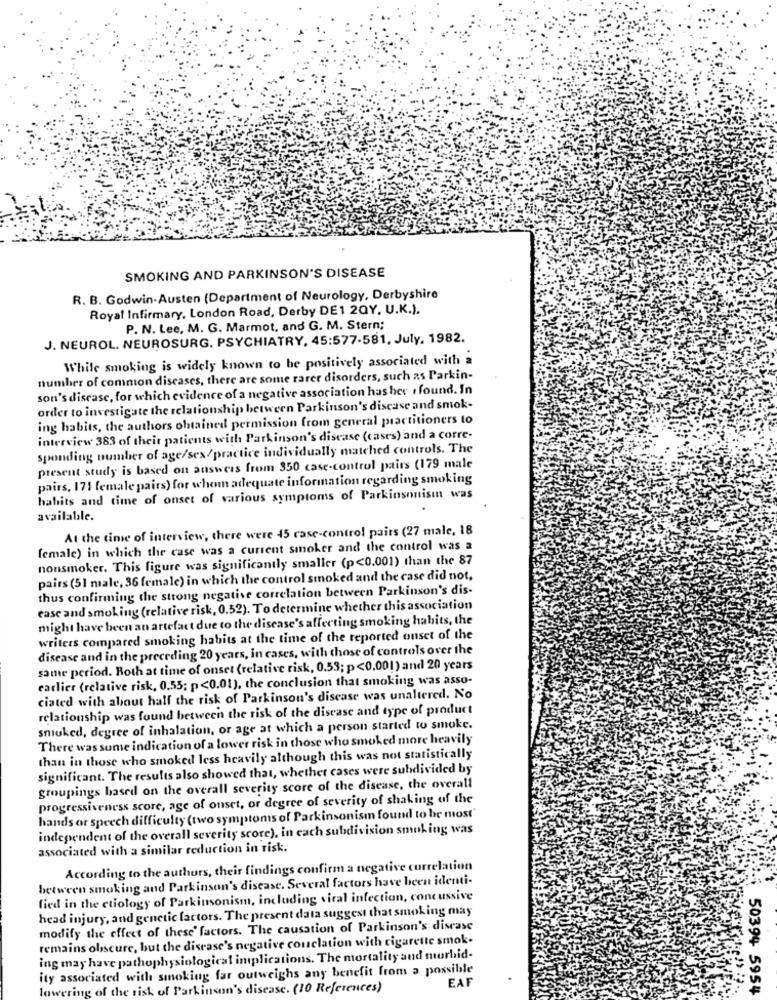
SMOKING AND PARKINSON'S DISEASE
R. B. Godwin-Austen (Department of Neurology, Derbyshire
Royal Infirmary, London Road, Derby DE1 20Y. U.K.).
P. N. Lee, M. G. Marmot, and G. M. Stern;
J. NEUROL. NEUROSURG. PSYCHIATRY, 45:577-581, July, 1982.
While smoking is widely known to be positively associated with a
number of common diseases, there are some rarer disorders, such as Parkin-
son's disease, for which evidence of a negative association has her . found. In
order to investigate the relationship between Parkinson's disease and smok-
ing habits, the authors obtained permission from general practitioners to
interview 383 of their patients with Parkinson's disease (cases) and a corre-
sponding number of age/sex/practice individually matched controls. The
present study is based on answers from 350 case-control pairs (179 male
pairs, 171 female pairs) for whom adequate information regarding smoking
habits and time of onset of various symptoms of Parkinsonisin was
available.
At the time of interview, there were 45 case-control pairs (27 male, 18
female) in which the case was a current smoker and the control was a
nonsmoker. This figure was significantly smaller (p<0.001) than the 87
pairs (51 male, 36 female) in which the control smoked and the case did not,
thus confirming the strong negative correlation between Parkinson's dis-
ease and smoking (relative risk, 0.52). To determine whether this association
might have been an artefact due to the disease's affecting smoking habits, the
writers compared smoking habits at the time of the reported onset of the
disease and in the preceding 20 years, in cases, with those of controls over the
same period. Both at time of onset (relative risk, 0.53; p<0.001) and 20 years
earlier (relative risk, 0.55; p<0.01), the conclusion that smoking was asso-
ciated with about half the risk of Parkinson's disease was unaltered. No
relationship was found between the risk of the disease and type of product
smoked, degree of inhalation, or age at which a person started to smoke.
There was some indication of a lower risk in those who smoked more heavily
than in those who smoked less heavily although this was not statistically
significant. The results also showed that, whether cases were subdivided by
groupings based on the overall severity score of the disease, the overall
progressiveness score, age of onset, or degree of severity of shaking of the
hands or speech difficulty (two symptoms of Parkinsonism found to be most"
independent of the overall severity score), in each subdivision smoking was
associated with a similar reduction in risk.
According to the authors, their findings confirm a negative correlation
between smoking and Parkinson's disease. Several factors have been identi-
fied in the etiology of Parkinsonism, including viral infection, concussive
head injury, and genetic factors. The present data suggest that smoking may
modify the effect of these' factors. The causation of Parkinson's disease
remains obscure, but the disease's negative couclation with cigarette smok.
ing may have pathophysiological implications. The mortality and morbid-
ity associated with smoking far outweighs any benefit from a possible
EAF
lowering of the risk of Parkinson's disease. (10 References)
50394 5954